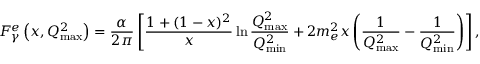
F _ { \gamma } ^ { e } \left( x , Q _ { \mathrm { m a x } } ^ { 2 } \right) = { \frac { \alpha } { 2 \pi } } \left[ { \frac { 1 + ( 1 - x ) ^ { 2 } } { x } } \ln { \frac { Q _ { \mathrm { m a x } } ^ { 2 } } { Q _ { \mathrm { m i n } } ^ { 2 } } } + 2 m _ { e } ^ { 2 } x \left( { \frac { 1 } { Q _ { \mathrm { m a x } } ^ { 2 } } } - { \frac { 1 } { Q _ { \mathrm { m i n } } ^ { 2 } } } \right) \right] ,